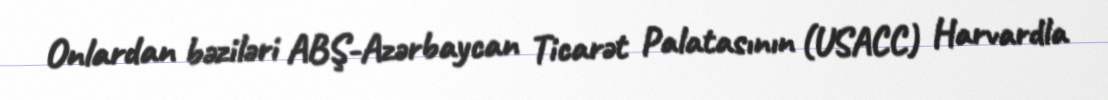
Onlardan bəziləri ABŞ-Azərbaycan Ticarət Palatasının (USACC) Harvardla